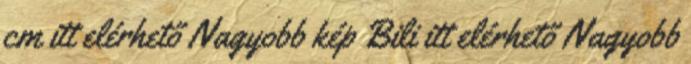
cm itt elérhető Nagyobb kép Bili itt elérhető Nagyobb